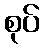
စုပ်